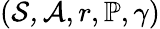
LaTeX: \left(\mathcal{S,A},r,\mathbb{P},\gamma\right)